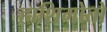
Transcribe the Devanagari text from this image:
हाशिमोतो